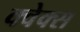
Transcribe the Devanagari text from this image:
क्वेक्स